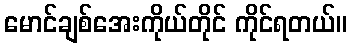
မောင်ချစ်အေးကိုယ်တိုင် ကိုင်ရတယ်။